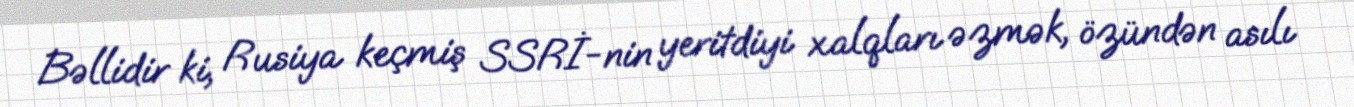
Bəllidir ki, Rusiya keçmiş SSRİ-nin yeritdiyi xalqları əzmək, özündən asılı